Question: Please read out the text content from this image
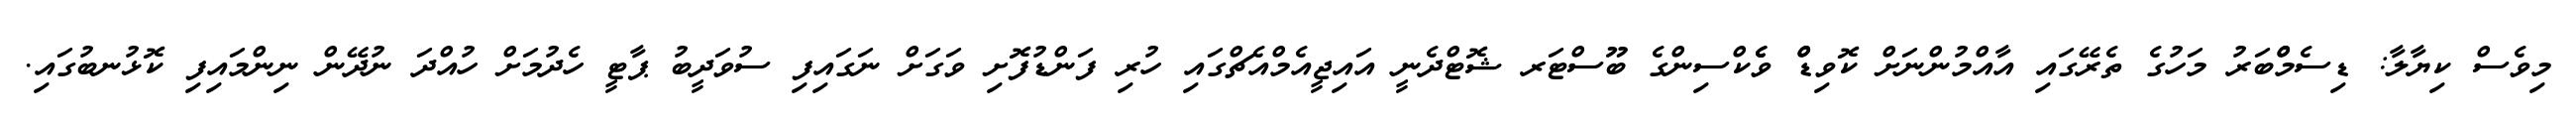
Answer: މިވެސް ކިޔާލާ: ޑިސެމްްބަރު މަހުގެ ތެރޭގައި އާއްމުންނަށް ކޮވިޑްް ވެެކްސިންގެ ބޫސްޓަރ ޝޮޓްދެނީ އައިޖީއެމްއެޗްގައި ހުރި ފަންޑުފޮށި ވަގަށް ނަގައިފި ސުވަދީބު ޕާޓީ ހެދުމަށް ހުއްދަ ނުދޭން ނިންމައިފި ކޮޅުނބުގައި.